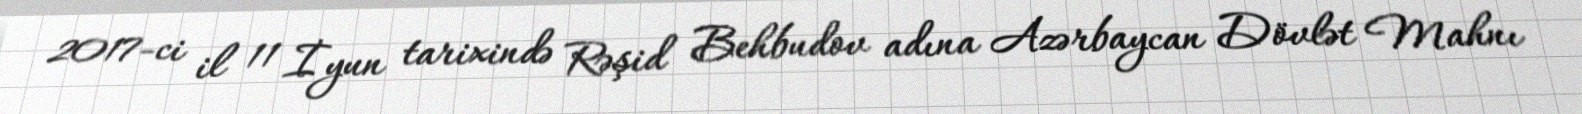
2017-ci il 11 İyun tarixində Rəşid Behbudov adına Azərbaycan Dövlət Mahnı